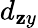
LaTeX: d_{\mathbf{z}y}